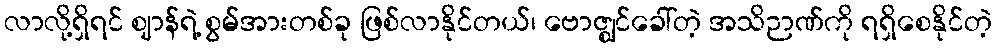
လာလို့ရှိရင် ဈာန်ရဲ့ စွမ်အားတစ်ခု ဖြစ်လာနိုင်တယ်၊ ဗောဇ္ဈင်ခေါ်တဲ့ အသိဉာဏ်ကို ရရှိစေနိုင်တဲ့